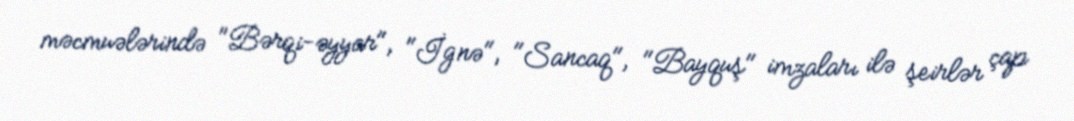
məcmuələrində "Bərqi-əyyar", "İgnə", "Sancaq", "Bayquş" imzaları ilə şeirlər çap